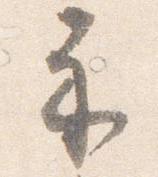
示